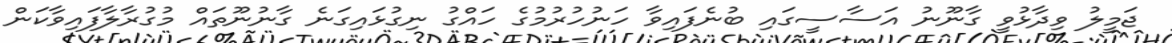
ޖަމީލު ވިދާޅުވީ ގާނޫނު އަސާސީގައި ބުނެފައިވާ ހަނުހުރުމުގެ ހައްގު ނިގުޅައިގަނެ ގާނުނޫތައް މުގުރާލާފައިވާކަން